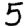
Digit: 5